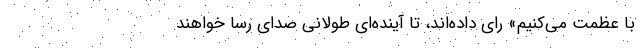
با عظمت می‌کنیم» رای داده‌اند، تا آینده‌ای طولانی صدای رسا خواهند